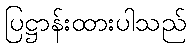
ပြဋ္ဌာန်းထားပါသည်